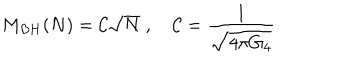
M _ { B H } ( N ) = { \cal C } \sqrt { N } \; , \quad { \cal C } = \frac { 1 } { \sqrt { 4 \pi G _ { 4 } } }